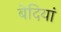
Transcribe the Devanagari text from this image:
बेदियां